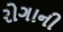
રોગાની